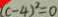
( c - 4 ) ^ { 2 } = 0